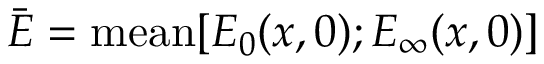
\bar { E } = \mathrm { m e a n } [ E _ { 0 } ( x , 0 ) ; E _ { \infty } ( x , 0 ) ]